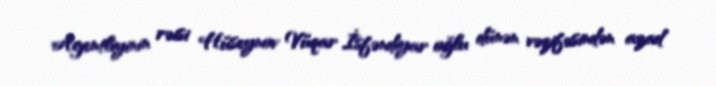
Agentliyinin rəisi Hüseynov Vüqar İsfəndiyar oğlu dünən vəzifəsindən azad